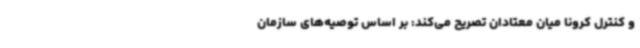
و کنترل کرونا میان معتادان تصریح می‌کند: بر اساس توصیه‌های سازمان